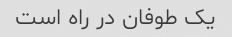
یک طوفان در راه است